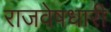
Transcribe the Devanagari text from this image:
राजवेषधारी